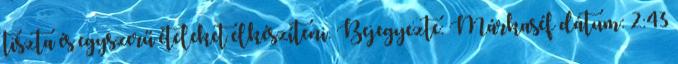
tiszta és egyszerű ételeket elkészíteni. Bejegyezte: Márkaséf dátum: 2:43